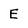
Character: E